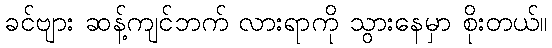
ခင်ဗျား ဆန့်ကျင်ဘက် လားရာကို သွားနေမှာ စိုးတယ်။